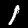
Digit: 1